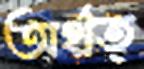
অর্থত্